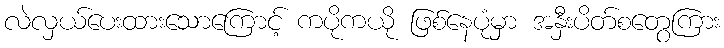
လဲလှယ်ပေးထားသောကြောင့် ကပိုကယို ဖြစ်နေပုံမှာ အနှီးပိတ်စတွေကြား